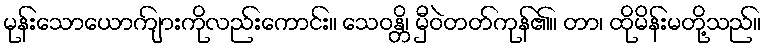
မုန်းသောယောကျ်ားကိုလည်းကောင်း။ သေဝန္တိ၊ မှီဝဲတတ်ကုန်၏။ တာ၊ ထိုမိန်းမတို့သည်။